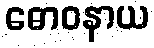
ဓောဝနာယ